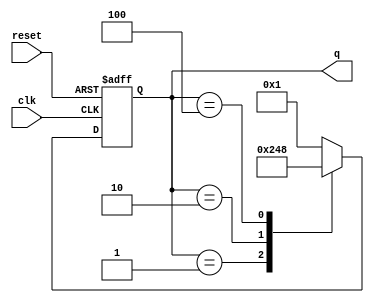
module johnson_counter(
  input wire clk,
  input wire reset,
  output reg [3:0] q
);

  always @(posedge clk or posedge reset) begin
    if (reset) begin
      q <= 4'b0001; // Initial state
    end else begin
      case(q)
        4'b0001: q <= 4'b0010;
        4'b0010: q <= 4'b0100;
        4'b0100: q <= 4'b1000;
        4'b1000: q <= 4'b0001;
        default: q <= 4'b0001; // Default state
      endcase
    end
  end
endmodule